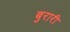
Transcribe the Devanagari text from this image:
बुरारी